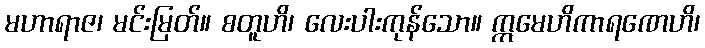
မဟာရာဇ၊ မင်းမြတ်။ စတူဟိ၊ လေးပါးကုန်သော။ ဣမေဟိကာရဏေဟိ၊